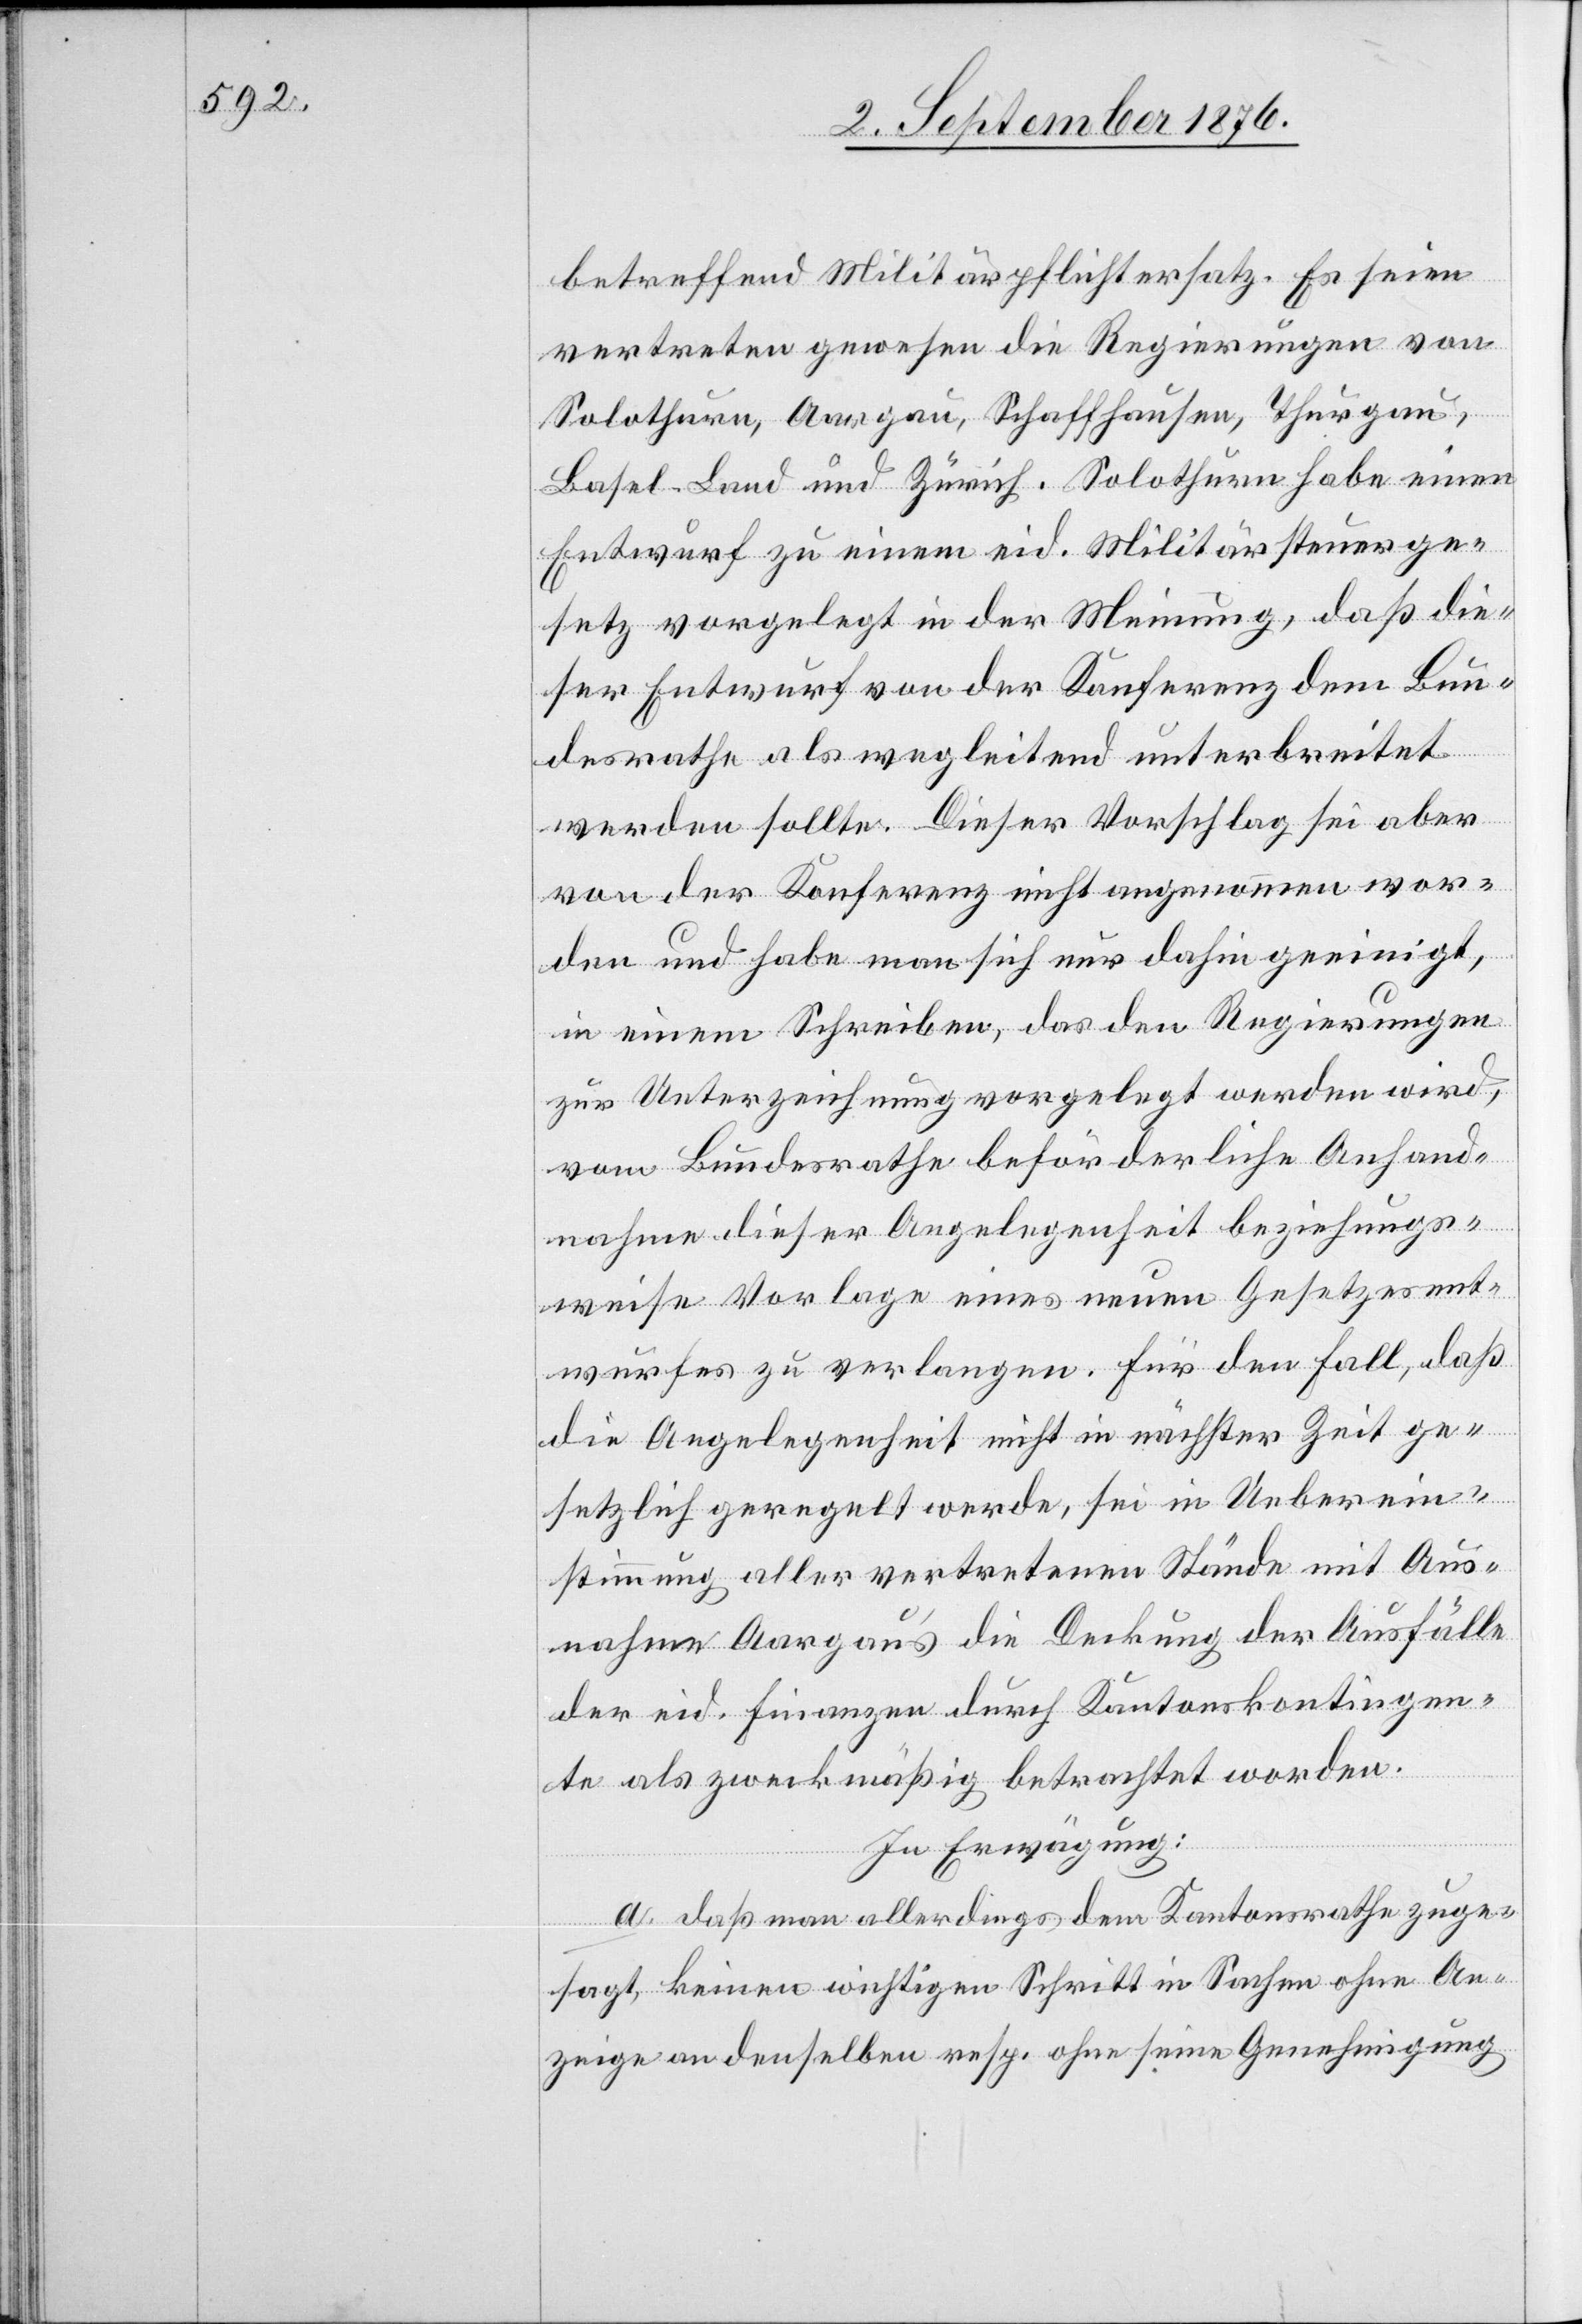
betreffend Militärpflichtersatz. Es seien
vertreten gewesen die Regierungen von
Solothurn, Aargau, Schaffhausen, Thurgau,
Basel-Land und Zürich. Solothurn habe einen
Entwurf zu einem eid. Militärsteuerge¬
setz vorgelegt in der Meinung, daß die¬
ser Entwurf von der Konferenz dem Bun¬
desrathe als wegleitend unterbreitet
werden sollte. Dieser Vorschlag sei aber
von der Konferenz nicht angenommen wor¬
den und habe man sich nur dahin geeinigt,
in einem Schreiben, das den Regierungen
zur Unterzeichnung vorgelegt werden wird,
vom Bundesrathe beförderliche Anhand¬
nahme dieser Angelegenheit beziehungs¬
weise Vorlage eines neuen Gesetzesent¬
wurfes zu verlangen. Für den Fall, daß
die Angelegenheit nicht in nächster Zeit ge¬
setzlich geregelt werde, sei in Ueberein¬
stimmung aller vertretenen Stände mit Aus¬
nahme Aargaus die Deckung der Ausfälle
der eid. Finanzen durch Kantonskontingen¬
te als zweckmäßig betrachtet worden.
In Erwägung:
a. daß man allerdings dem Kantonsrathe zuge¬
sagt, keinen wichtigen Schritt in Sachen ohne An¬
zeige an denselben resp. ohne seine Genehmigung